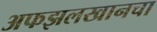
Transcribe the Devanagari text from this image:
अफझलखानचा